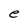
Character: e